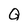
Character: Q